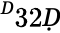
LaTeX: ^Ḋ32Ḍ